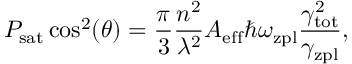
P _ { \mathrm { s a t } } \cos ^ { 2 } ( \theta ) = \frac { \pi } { 3 } \frac { n ^ { 2 } } { \lambda ^ { 2 } } A _ { \mathrm { e f f } } \hbar \omega _ { \mathrm { z p l } } \frac { \gamma _ { \mathrm { t o t } } ^ { 2 } } { \gamma _ { \mathrm { z p l } } } ,